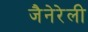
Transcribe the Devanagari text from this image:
जैनेरेली